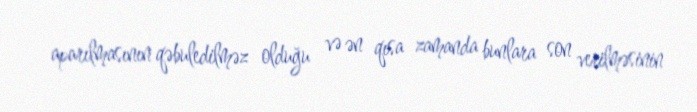
aparılmasının qəbuledilməz olduğu və ən qısa zamanda bunlara son verilməsinin